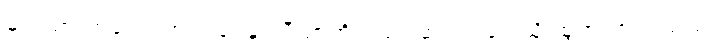
မင်းသားကလေး အင်ဒရေနှင့် ပီယာတို့လည်း ဆင်ဝင်ရှေ့သို့ ထွက်လာကြသည်။